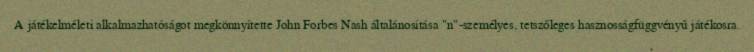
A játékelméleti alkalmazhatóságot megkönnyítette John Forbes Nash általánosítása "n"-személyes, tetszőleges hasznosságfüggvényű játékosra.